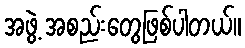
အဖွဲ့ အစည်းတွေဖြစ်ပါတယ်။